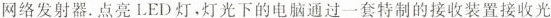
网络发射器.点亮LED灯·灯光下的电脑通过一套特制的接收装置接收光